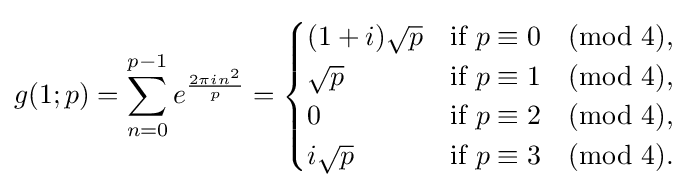
g(1;p)=\sum _{n=0}^{p-1}e^{\frac {2\pi in^{2}}{p}}={\begin{cases}(1+i){\sqrt {p}}&{\text{if}}\ p\equiv 0{\pmod {4}},\\{\sqrt {p}}&{\text{if}}\ p\equiv 1{\pmod {4}},\\0&{\text{if}}\ p\equiv 2{\pmod {4}},\\i{\sqrt {p}}&{\text{if}}\ p\equiv 3{\pmod {4}}.\end{cases}}